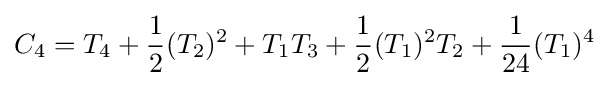
C_{4}=T_{4}+{\frac {1}{2}}(T_{2})^{2}+T_{1}T_{3}+{\frac {1}{2}}(T_{1})^{2}T_{2}+{\frac {1}{24}}(T_{1})^{4}